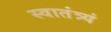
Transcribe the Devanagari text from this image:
स्वातंत्र्यं